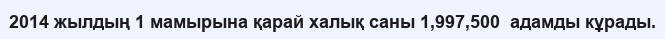
2014 жылдың 1 мамырына қарай халық саны 1,997,500  адамды кұрады.